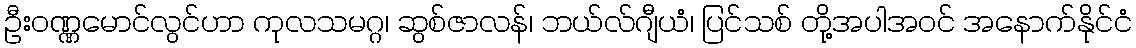
ဦးဝဏ္ဏမောင်လွင်ဟာ ကုလသမဂ္ဂ၊ ဆွစ်ဇာလန်၊ ဘယ်လ်ဂျီယံ၊ ပြင်သစ် တို့အပါအဝင် အနောက်နိုင်ငံ